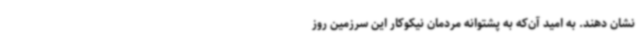
نشان دهند. به امید آن‌که به پشتوانه مردمان نیکوکار این سرزمین روز